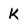
Character: K